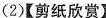
(2)【剪纸欣赏】